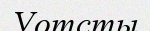
Уотсты